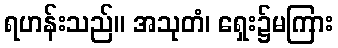
ရဟန်းသည်။ အသုတံ၊ ရှေး၌မကြား